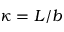
\kappa = L / b